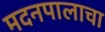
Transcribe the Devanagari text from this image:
मदनपालाचा